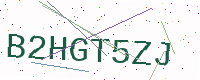
Text: B2HGT5ZJ